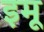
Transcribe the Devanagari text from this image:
इमू